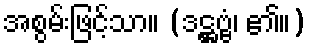
အစွမ်းဖြင့်သာ။ (ဒဋ္ဌဗ္ဗံ၊ ၏။)